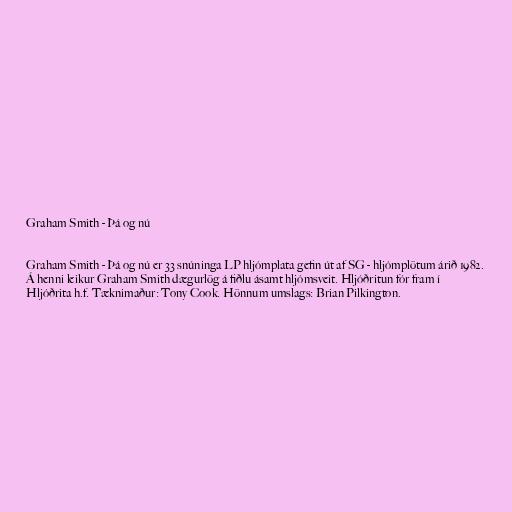
Graham Smith - Þá og nú

Graham Smith - Þá og nú er 33 snúninga LP hljómplata gefin út af SG - hljómplötum árið 1982.
Á henni leikur Graham Smith dægurlög á fiðlu ásamt hljómsveit. Hljóðritun fór fram í
Hljóðrita h.f. Tæknimaður: Tony Cook. Hönnum umslags: Brian Pilkington.